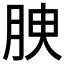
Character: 𦚤